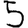
Digit: 5